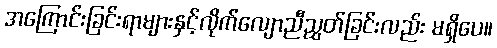
အကြောင်းခြင်းရာများနှင့်လိုက်လျောညီညွှတ်ခြင်းလည်း မရှိပေ။